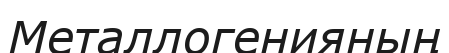
Металлогенияның